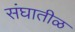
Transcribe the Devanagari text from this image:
संघातीळ